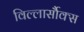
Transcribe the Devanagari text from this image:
विल्लार्सौक्स